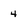
Character: 4